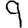
Digit: 9